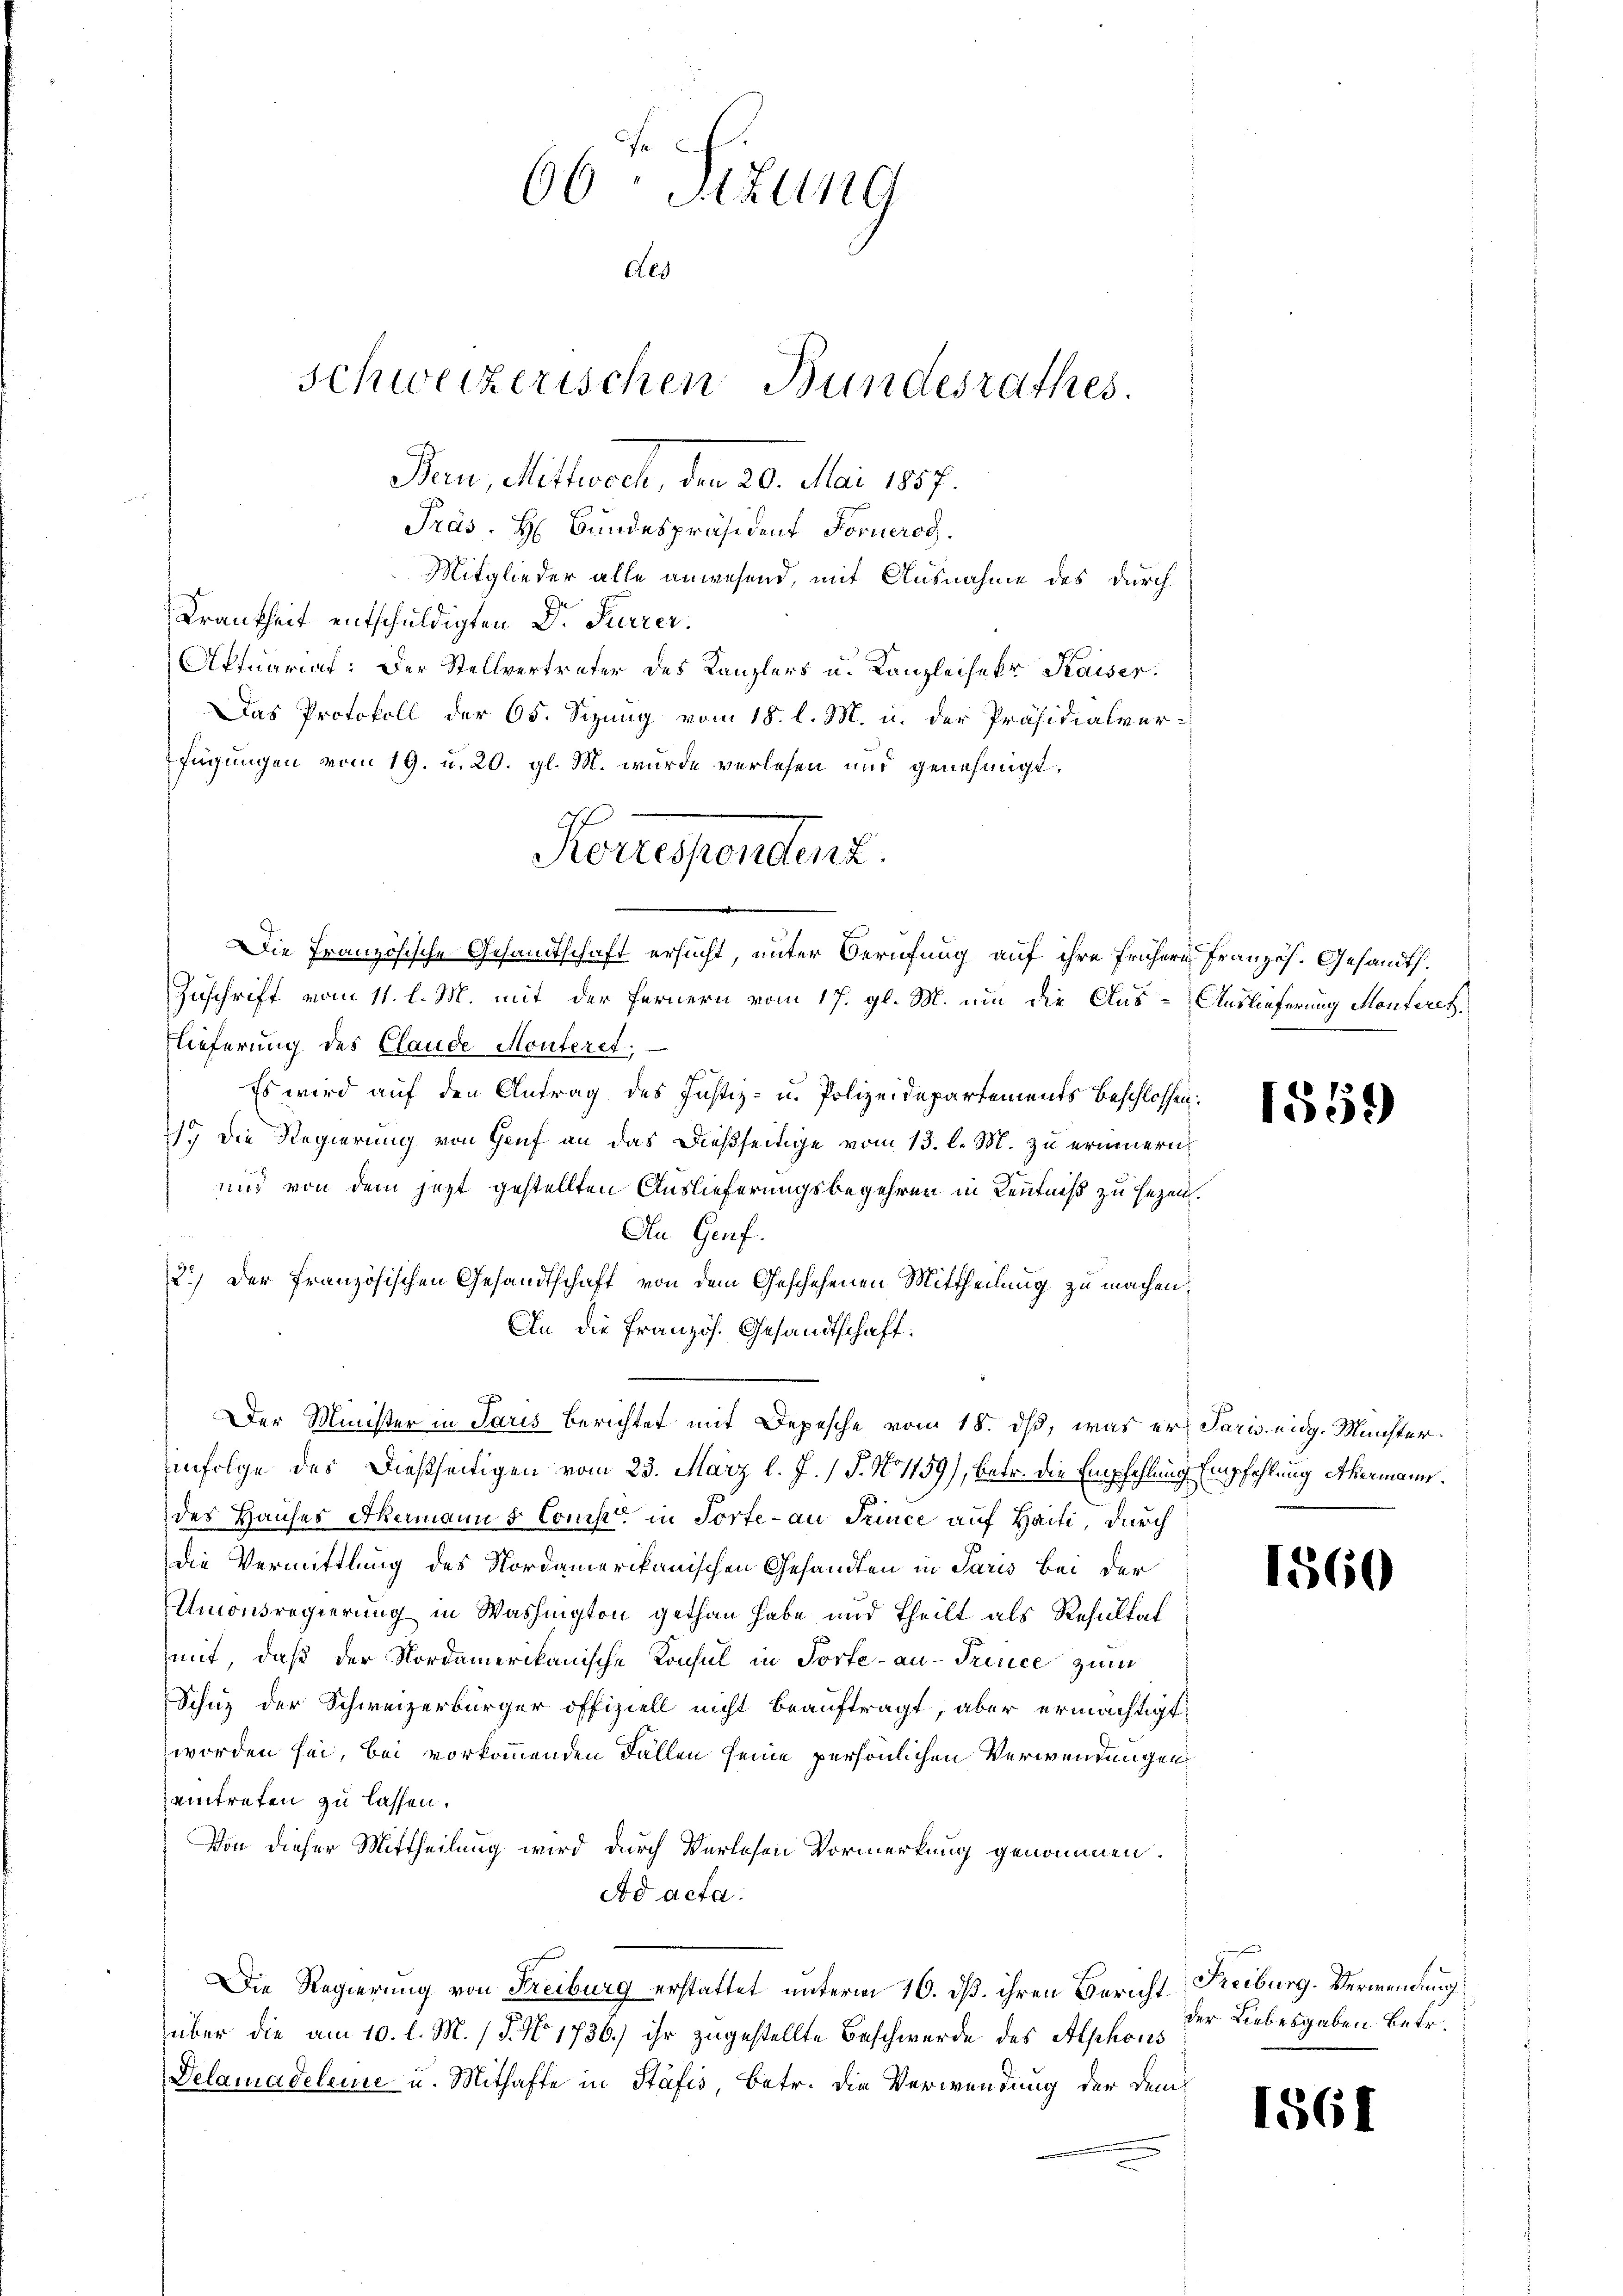
66 Sizung
des
Schweizerischen Bundesrathes.
Bern, Mittwoch, den 20. Mai 1887.

Präs. H Bundespräsident Foruerog
Mitglieder alle anwesend, mit Ausnahme des durch
Krankheit entschuldigten Dr. Furrer.
Aftuariat: Der Stellvertreter des Kanzlers u. Kanzleisekr. Kaiser.
Das Protokoll der 65. Sizung vom 18. l. M. u. der Präsidialverfügungen vom 19. u. 20. gl. M. wurde verlesen und genehmigt.
Zuschrift vom 11. l. M. mit der Fernern vom 17. gl. M. um die Aus-Auslieferung Monteretzlieferung des Claude Monteret;
Es wird auf den Antrag des Justiz- u. Polizeidepartements Beschlossen:
. Die Regierung von Genf an das dießseitige vom 13. l. M. zu erinnern,
und von dem jezt gestellten Auslieferungsbegehren in Kenntniß zu sezen.
An Genf.
2.) Der Französischen Gesandtschaft von dem Geschehenen Mittheilung zu machen,
An die Französ. Gesandtschaft.
Der Minister in Paris berichtet mit Depesche vom 18. ds, was er Paris eidg. Münster.
infolge des dießseitigen vom 23. März l. J. / P. N. 1159), betr. die Empfehlung Empfehlung abermann.
des Hauses Akermanns Comp. in Torte au Trince auf Haiti, durch
Die Vermittlung des Nordamerikanischen Gesandten in Paris bei der
Umonsregierung in Washington gethan habe und theilt als Resultat
mit, daß der Nordamerikanische Konsul in Torte au Trence zum
Schuz der Schweizerbürger offiziell nicht beauftragt, aber ermächtigt,
worden sei, bei vorkommenden Fällen seine persönlichen Verwendungen
eintreten zu lassen.
Von dieser Mittheilung wird durch Verlesen Vormerkung genommen.
Ad acta.
Die Regierung von Freiburg erstattet unterm 16. ds. ihren Bericht Freiburg. Verwendung
über die am 10. l. M. / P. No 1736) ihr zugestellte Beschwerde des Alphons
Delamadeleine u. Mithafte in Stäfis, Betr. die Verwendung der dem¬

Korrespondert.
Die Französische Gesandtschaft ersucht, unter Berufung auf ihre frühern Französ. Gesandts.

1559

1560

der Liebesgaben betr.

1561